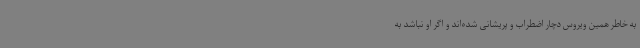
به خاطر همین ویروس دچار اضطراب و پریشانی شده‌اند و اگر او نباشد به